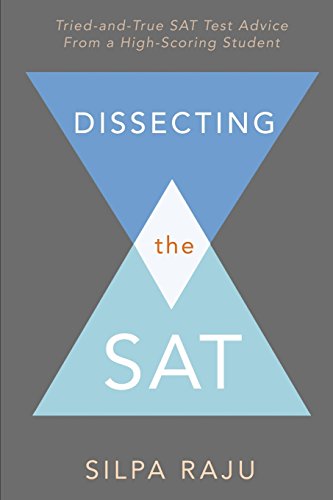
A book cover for Dissecting the SAT: Tried-and-True SAT Test Advice From A High-Scoring Student; Silpa Raju; Test Preparation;